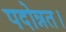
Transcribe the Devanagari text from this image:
पदोन्नत।